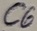
Text: C6